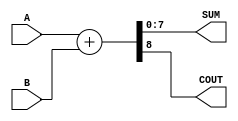
module Parametrized_Adder #(parameter WIDTH = 8) (
    input  wire [WIDTH-1:0] A,       // First input operand
    input  wire [WIDTH-1:0] B,       // Second input operand
    output wire [WIDTH-1:0] SUM,      // Sum output
    output wire COUT                  // Carry out
);

    // Behavioral description of the adder
    assign {COUT, SUM} = A + B;       // Concatenate carry out with sum

endmodule